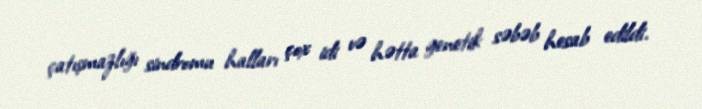
çatışmazlığı sindromu halları çox idi və hətta genetik səbəb hesab edildi.